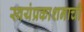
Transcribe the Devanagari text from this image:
स्वयंप्रकाशनाची